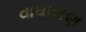
વાઘાસણ